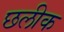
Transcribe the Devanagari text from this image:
छलीक